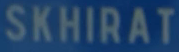
SKHIRAT